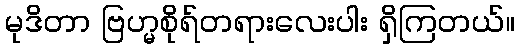
မုဒိတာ ဗြဟ္မစိုရ်တရားလေးပါး ရှိကြတယ်။